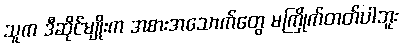
သူက ဒီဆိုင်မျိုးက အစားအသောက်တွေ မကြိုက်တတ်ပါဘူး